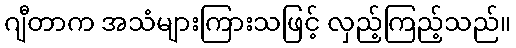
ဂျီတာက အသံများကြားသဖြင့် လှည့်ကြည့်သည်။